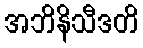
အဘိနိသီဒတိ